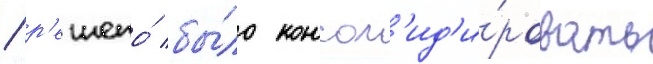
/ р'ешено́ бы́ло консол'ид'и́ровать